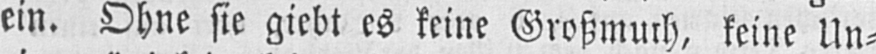
ein. Ohne sie giebt es seine Großmuth, seine Un⸗